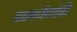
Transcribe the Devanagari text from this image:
पटवर्धनांची